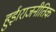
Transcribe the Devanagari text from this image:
हुई।राजनीतिक